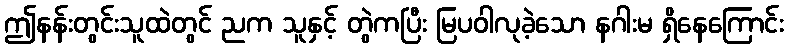
ဤနန်းတွင်းသူထဲတွင် ညက သူနှင့် တွဲကပြီး မြပဝါလုခဲ့သော နဂါးမ ရှိနေကြောင်း